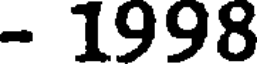
- 1998